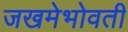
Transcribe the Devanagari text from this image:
जखमेभोवती